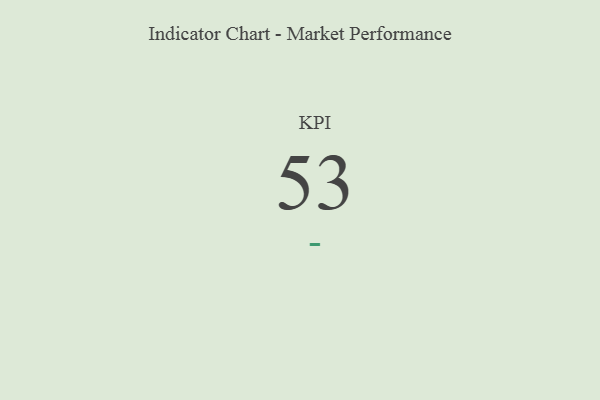
{"axis": {"x": "KPI", "y": "Value"}, "legend": [""], "data": [{"x": "KPI", "y": 53, "type": ""}]}